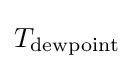
{T}_{\text{dewpoint}}